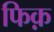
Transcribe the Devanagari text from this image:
फिक़